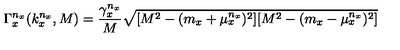
\Gamma _ { x } ^ { n _ { x } } ( k _ { x } ^ { n _ { x } } , M ) = { \frac { \gamma _ { x } ^ { n _ { x } } } { M } } \sqrt { [ M ^ { 2 } - ( m _ { x } + \mu _ { x } ^ { n _ { x } } ) ^ { 2 } ] [ M ^ { 2 } - ( m _ { x } - \mu _ { x } ^ { n _ { x } } ) ^ { 2 } ] }